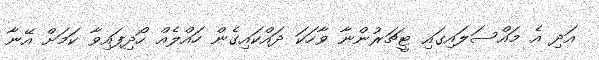
އަދި އެ މައްސަލައިގައި ޓީޗަރުންނާ ވާހަކަ ދައްކައިގެން ހައްލެއް ހޯދިފައިވާ ކަމަށް އޭނާ